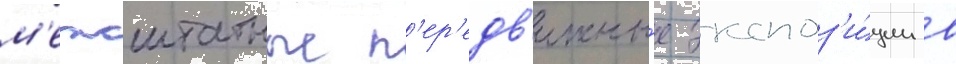
м'ежштатные п'ер'едв'ижны́е экспоз'и́ции в